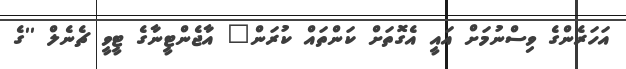
އަހަރެންގެ ވިސްނުމަށް އައީ އެގޮތަށް ކަންތައް ކުރަން" އާޖެންޓީނާގެ ޓީވީ ޗެނެލް ''ގެ